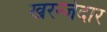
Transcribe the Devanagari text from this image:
खरन्जेदार